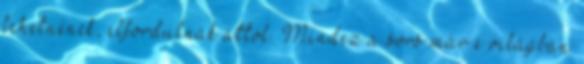
lehetnének, elfordulnak attól. Mindez a sors már e világban